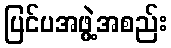
ပြင်ပအဖွဲ့အစည်း